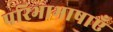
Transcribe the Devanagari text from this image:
परिभाभाषाएँ